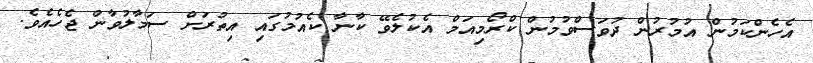
އެހެންކަމުން އުމުރުން ދުވަސްވުމުން ކްރޯމިއަމް އެކުލެވޭ ކާނާ ކެއުމުގައި އިތުރަށް ސަމާލުވާން ޖެހެއެވެ.